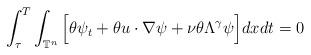
LaTeX: \begin{align*}\int^{T}_{\tau}\int_{\mathbb{T}^n} \Big[\theta \psi_{t} + \theta u\cdot\nabla\psi+\nu\theta \Lambda^{\gamma}\psi\Big] dxdt =0 \end{align*}